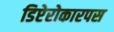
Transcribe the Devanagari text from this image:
डिप्टेरोकारपस